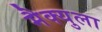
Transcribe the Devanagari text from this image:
मैक्युला